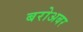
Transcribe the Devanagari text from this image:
बरोअबर